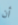
أن